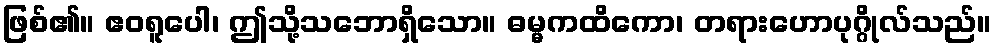
ဖြစ်၏။ ဧဝရူပေါ၊ ဤသို့သဘောရှိသော။ ဓမ္မကထိကော၊ တရားဟောပုဂ္ဂိုလ်သည်။